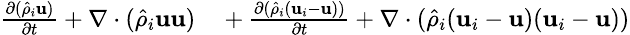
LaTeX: \small\begin{array}{rl}{\frac{\partial(\hat{\rho}_{i}\textbf{u})}{\partial t}+\nabla\cdot(\hat{\rho}_{i}\textbf{u}\textbf{u})}&{{}+\frac{\partial(\hat{\rho}_{i}(\textbf{u}_{i}-\textbf{u}))}{\partial t}+\nabla\cdot(\hat{\rho}_{i}(\textbf{u}_{i}-\textbf{u})(\textbf{u}_{i}-\textbf{u}))}\end{array}